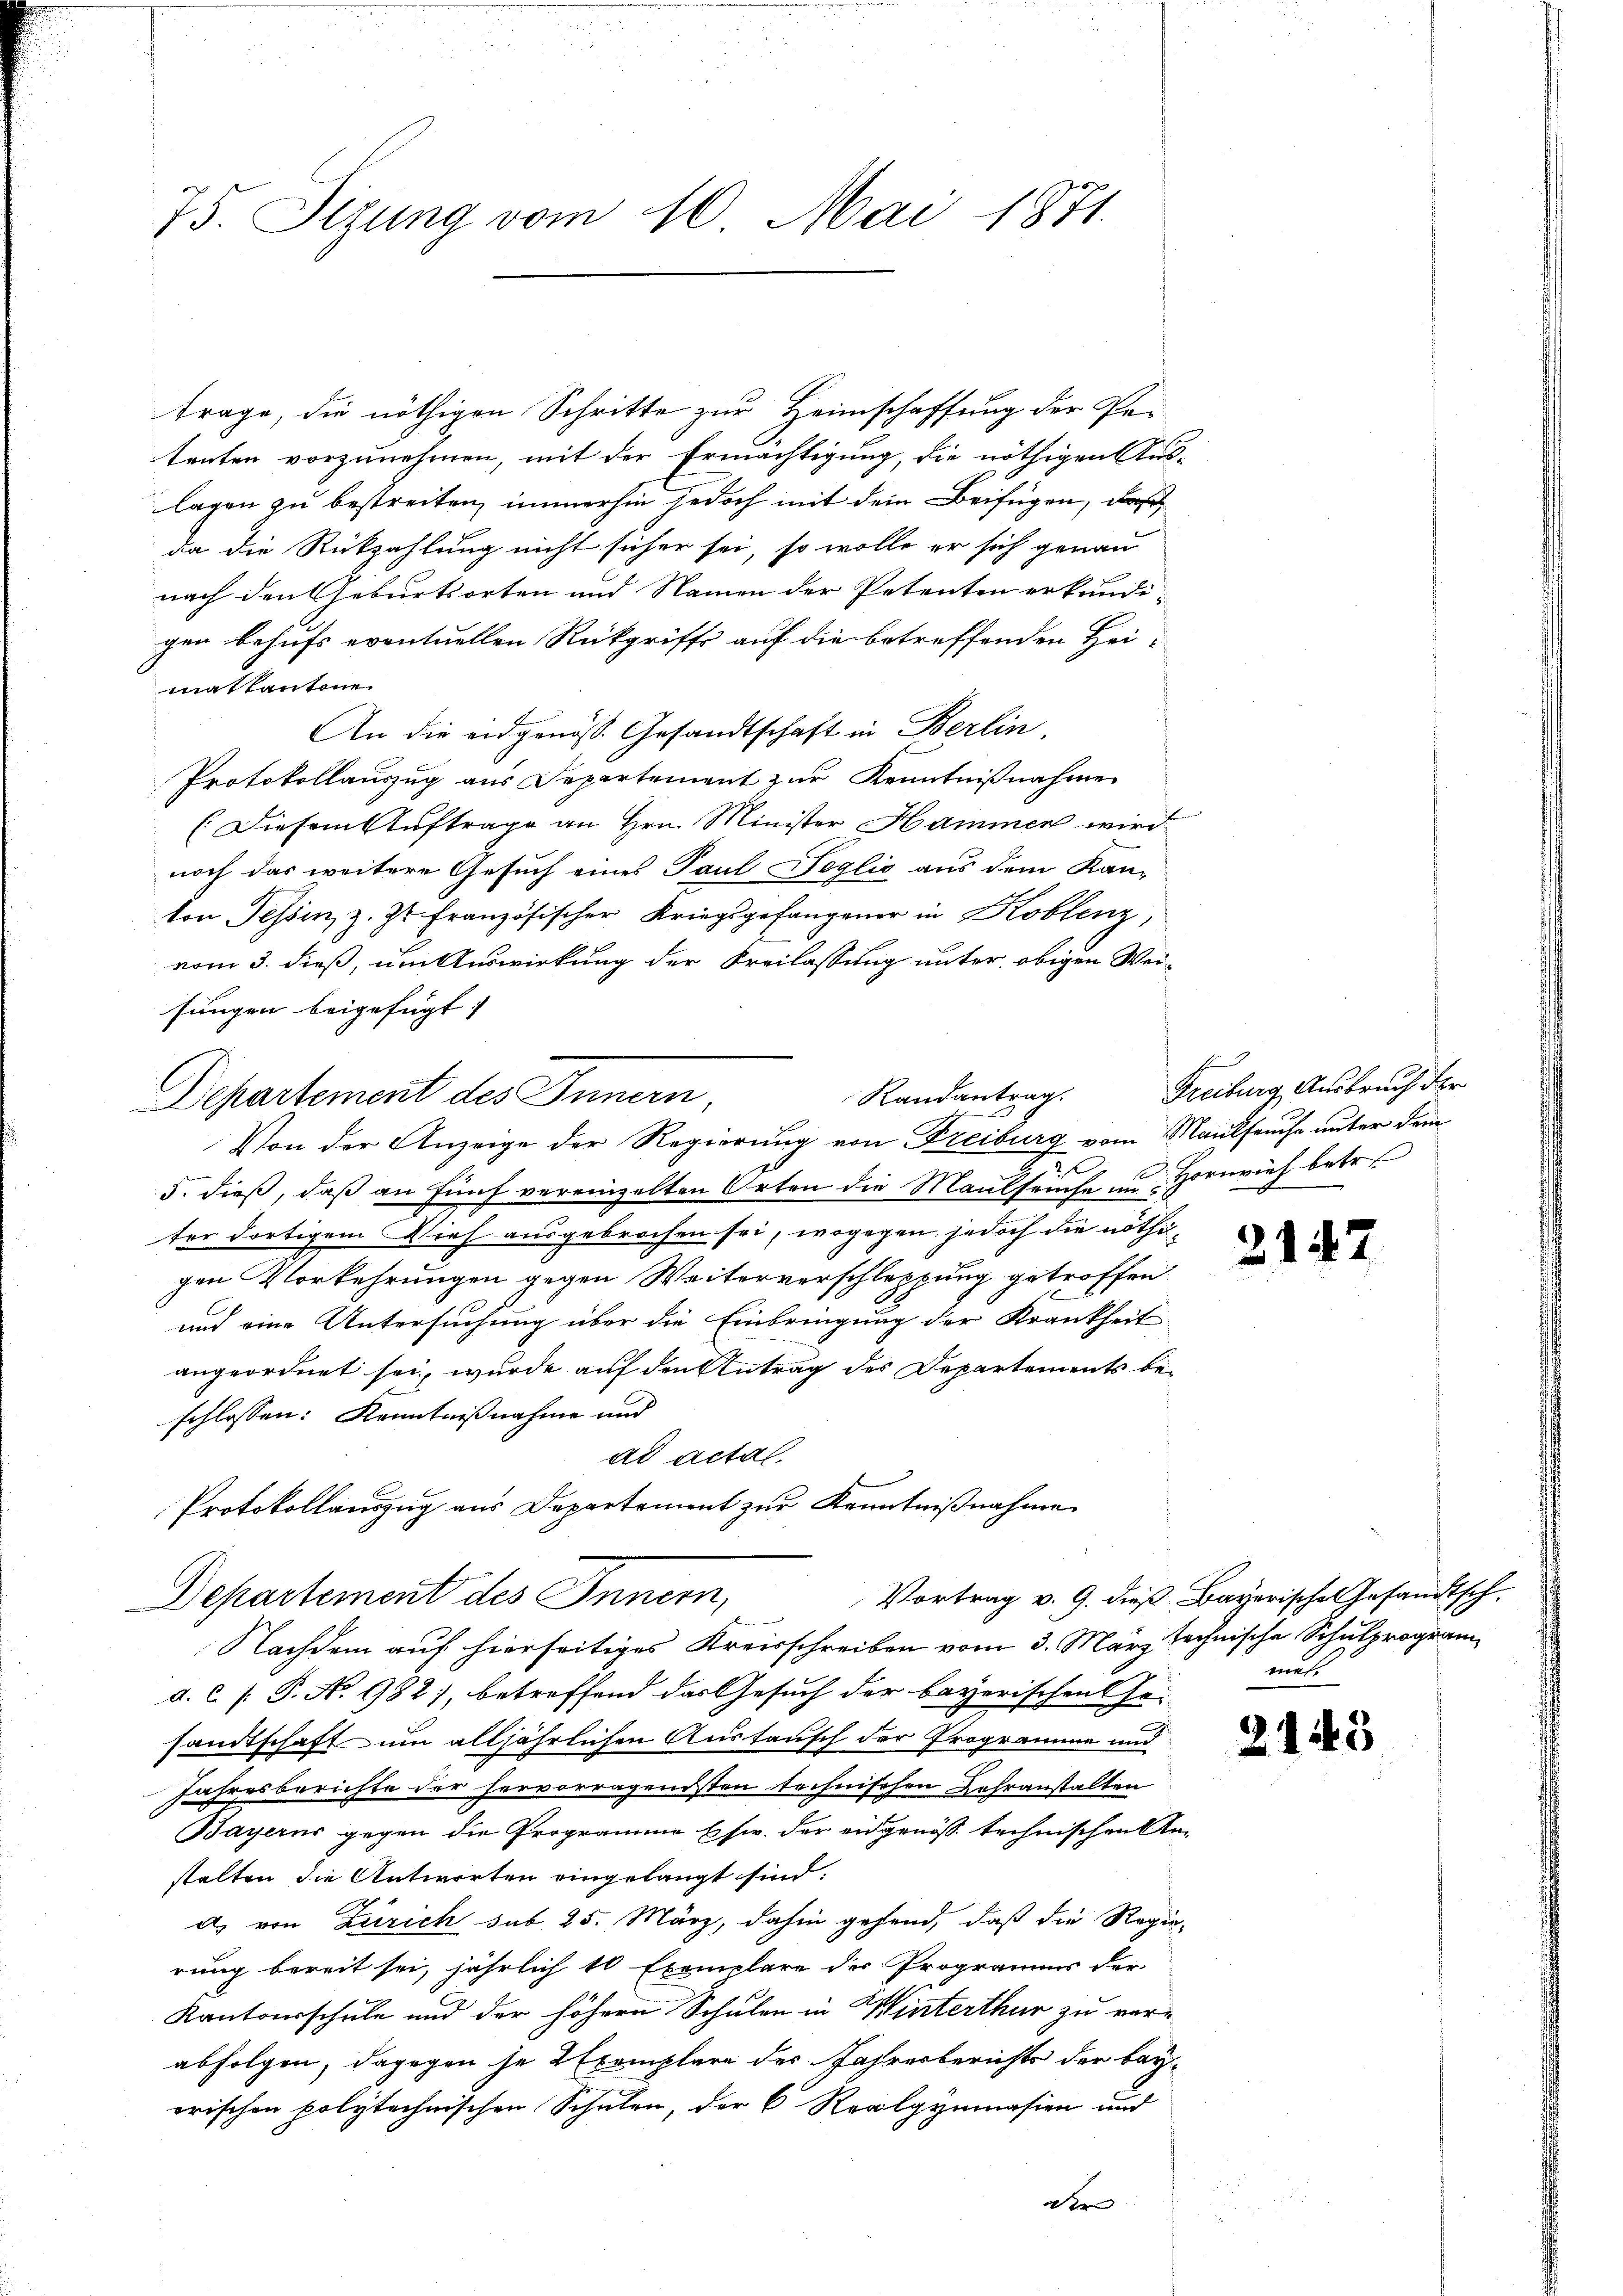
75. Sitzung vom 10. Mai 1871.

trage, die nöthigen Schritte zur Heimschaffung der Petenten vorzunehmen, mit der Ermächtigung, die nöthigen Aus-
lagen zu bestreiten, immerhin jedoch mit dem Beifügen, daß
da die Rückzahlung nicht sicher sei, so wolle er sich genau
nach den Geburtsorten und Namen der Petenten erkundi-
gen behufs eventuellen Rückgriffs auf die betreffenden Hei-
matkantone
An die eidgenöss. Gesandtschaft in Berlin,
Protokollauszug aus Departement zur Kenntnißnahme
(Diesem Auftrage an Hrn. Minister Hammen wird
noch das weitere Gesuch eines Paul Seglio aus dem Kan-
ton Tessin, z. Zs. Französischer Kriegsgefangener in Koblenz,
vom 3. dieß, um Auswirkung der Freilassung unter obigen Weifungen beigefügt:
5. dieß, daß an fünf vereinzelten Orten die Maulseuche an Hornvieh betr.
ter dortigem Dief ausgebrochen sei, wogegen jedoch die nöthigen Vorkehrungen gegen Weiterverschleppung getroffen.
und eine Untersuchung über die Einbringung der Krankheit
angeordnet sei, wurde auf den Antrag des Departements beschlossen: Kenntnißnahme und
ad actal.
Protokollauszug aus Departement zur Kenntnißnahme
Vortrag v. 9. dieß Bayerische Gesandtsch.
Departement des Innern,
Nachdem auf hierseitiges Kreisschreiben vom 3. März technische Schulprogram
d. 6 f: P. No. 182), betreffend das Gesuch der bayerischen Ge-
sandtschaft um alljährlichen Austausch der Programme und
Jahresberichte der hervorragendsten technischen Lehranstalten
Bayerns gegen die Programme usw. der engenoss technischen Ste-
stalten die Antworten eingelangt sind:
d. von Zürich sub 25. März, dahin gehend, daß die Regie-
rung bereit sei, jährlich 10 Exemplare des Programms der
Kantonsschule und der höhern Schulen in Winterthur zu vere
abfolgen, dagegen je 2 Exemplare des Jahresberichts der beyerischen polytechnischen Schulen, der 6 Realgymnasien und

Randantrag.
Departement des Innern,
Von der Anzeige der Regierung von Freiburg vom Maulfruche unter dem

Ver

Freiburg, Ausbruch der

212

mes.

2445